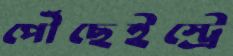
পৌঁছেইস্ট্রে